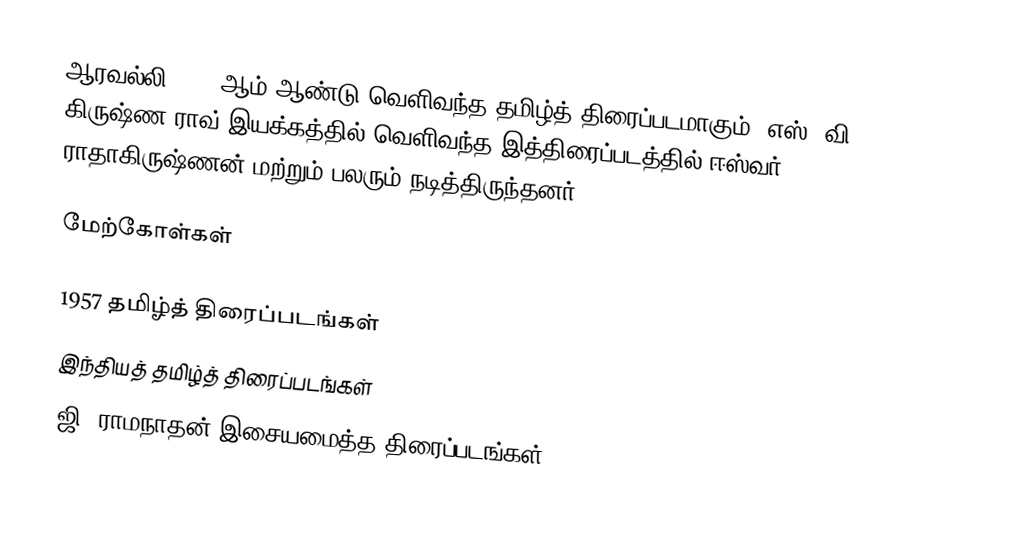
ஆரவல்லி 1957 ஆம் ஆண்டு வெளிவந்த தமிழ்த் திரைப்படமாகும். எஸ். வி. கிருஷ்ண ராவ் இயக்கத்தில் வெளிவந்த இத்திரைப்படத்தில் ஈஸ்வர், ராதாகிருஷ்ணன் மற்றும் பலரும் நடித்திருந்தனர்.

மேற்கோள்கள்

1957 தமிழ்த் திரைப்படங்கள்
இந்தியத் தமிழ்த் திரைப்படங்கள்
ஜி. ராமநாதன் இசையமைத்த திரைப்படங்கள்